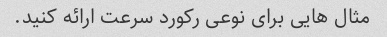
مثال هایی برای نوعی رکورد سرعت ارائه کنید.